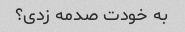
به خودت صدمه زدی؟